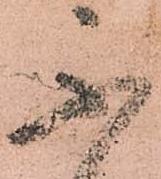
不